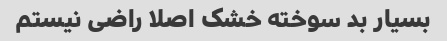
بسیار بد سوخته خشک اصلا راضی نیستم